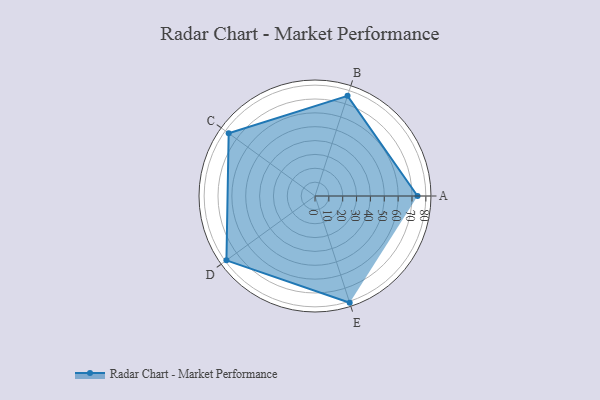
{"axis": {"x": "Skill", "y": "Score"}, "legend": ["Profile"], "data": [{"x": "A", "y": 74.0, "type": "Profile"}, {"x": "B", "y": 76.0, "type": "Profile"}, {"x": "C", "y": 77.0, "type": "Profile"}, {"x": "D", "y": 79.0, "type": "Profile"}, {"x": "E", "y": 81.0, "type": "Profile"}]}